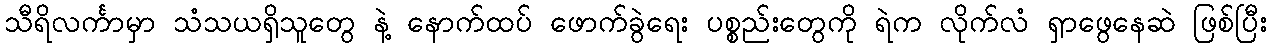
သီရိလင်္ကာမှာ သံသယရှိသူတွေ နဲ့ နောက်ထပ် ဖောက်ခွဲရေး ပစ္စည်းတွေကို ရဲက လိုက်လံ ရှာဖွေနေဆဲ ဖြစ်ပြီး